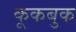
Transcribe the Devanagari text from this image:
कूकबुक